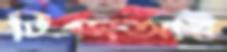
টিএসআর